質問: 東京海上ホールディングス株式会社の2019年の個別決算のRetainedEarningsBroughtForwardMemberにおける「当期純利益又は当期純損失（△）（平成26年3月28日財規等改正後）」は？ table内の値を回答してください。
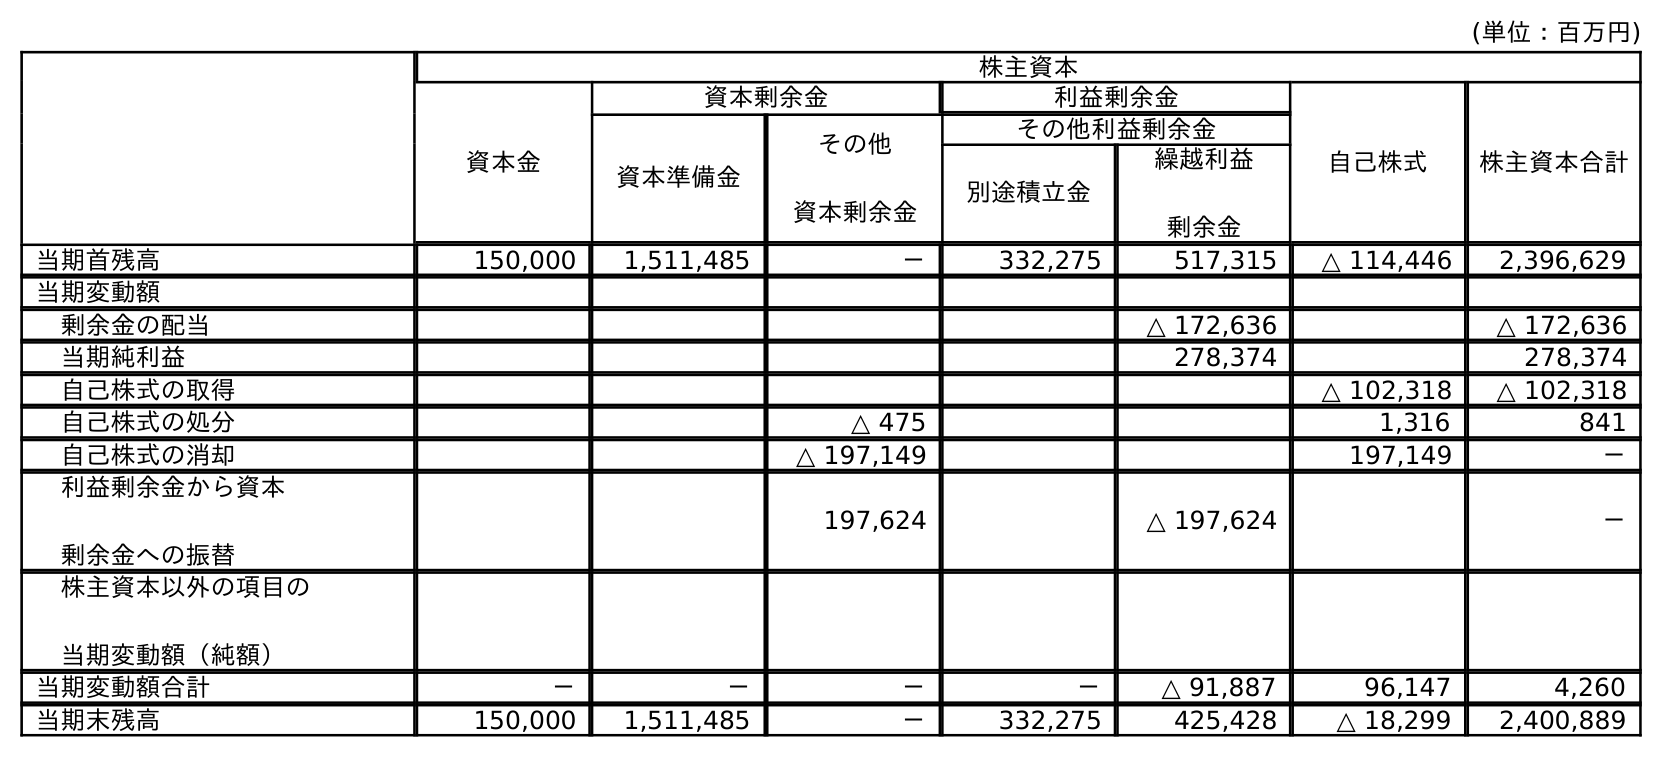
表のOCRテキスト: (単位：百万円) 株主資本 資本金 資本剰余金 利益剰余金 自己株式 株主資本合計 資本準備金 その他 資本剰余金 その他利益剰余金 別途積立金 繰越利益 剰余金 当期首残高 150,000 1,511,485 － 332,275 517,315 △ 114,446 2,396,629 当期変動額 剰余金の配当 △ 172,636 △ 172,636 当期純利益 278,374 278,374 自己株式の取得 △ 102,318 △ 102,318 自己株式の処分 △ 475 1,316 841 自己株式の消却 △ 197,149 197,149 － 利益剰余金から資本 剰余金への振替 197,624 △ 197,624 － 株主資本以外の項目の 当期変動額（純額） 当期変動額合計 － － － － △ 91,887 96,147 4,260 当期末残高 150,000 1,511,485 － 332,275 425,428 △ 18,299 2,400,889
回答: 278,374